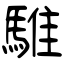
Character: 騅